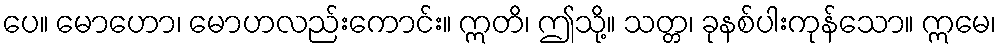
ပေ။ မောဟော၊ မောဟလည်းကောင်း။ ဣတိ၊ ဤသို့။ သတ္တ၊ ခုနစ်ပါးကုန်သော။ ဣမေ၊